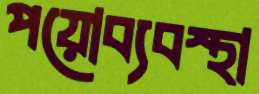
পয়োব্যবস্থা